Annual report on the working of the mental hospitals in the Madras Presidency - 1912-1932
Year: 1912
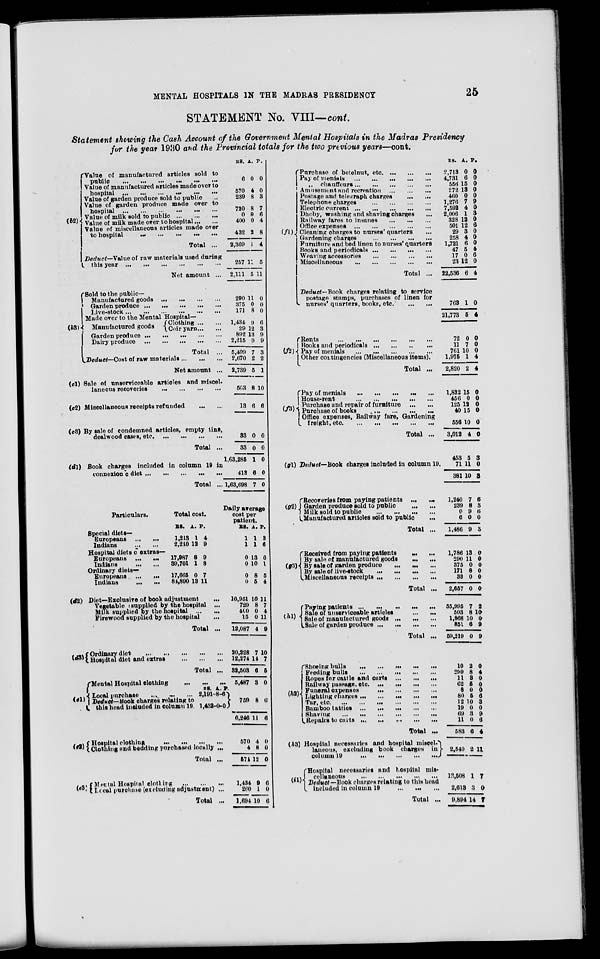
MENTAL HOSPITALS IN THE MADRAS PRESIDENCY
25
STATEMENT No. VIII—cont.
Statement showing the Cash Account of the Government Mental Hospitals in the Madras Presidency
for the year 1930 and the Provincial totals for the two previous years—cont.
(b2)
Value of manufactured articles sold to
public
...
...
...
...
...
...
Value of manufactured articles made over to
hospital
...
...
...
...
...
...
Value of garden produce sold to public ...
Value of garden produce made over to
hospital
...
...
...
...
...
...
Value of milk sold to public
...
...
...
Value of milk made over to hospital ... ...
Value of miscellaneous articles made over
to hospital
...
...
...
...
...
Total ...
Deduct—Value of raw materials used during
this year ... ... ... ... ... ...
Net amount ...
(b3)
Sold to the public—
Manufactured goods
...
...
...
...
Garden produce ... ... ... ... ...
Live-stock
...
...
...
...
...
...
RS.
6
570
239
720
0
400
432
2,369
257
2,111
A.
0
4
8
8
9
0
2
1
11
5
P.
0
0
3
7
6
4
8
4
5
11
290
375
171
11
0
8
0
0
0
Made over to the Mental Hospital—
Manufactured goods
Clothing ... ...
Coir yarn ... ...
Garden produce
...
...
...
...
...
Dairy produce
...
...
...
...
...
Total ...
Deduct—Cost of raw materials ... ... ...
Net amount ...
(c1)
(c2)
(c3)
Sale of unserviceable articles and miscel-
laneous recoveries
...
...
...
...
Miscellaneous receipts refunded ... ...
By sale of condemned articles, empty tins,
dealwood cases, etc. ...
...
...
...
Total ...
(d1) Book charges included in column 19 in
connexion c diet
...
...
...
...
...
Total ...
Particulars.
Special diets—
Europeans ... ...
Indians ... ...
Total cost.
RS.
1,213
2,210
A.
1
12
P.
4
9
Hospital diets o extras—
Europeans ...
...
Indians
...
...
Ordinary diets—
Europeans ...
...
Indians
...
...
(d2)
17,987
39,701
8
1
9
8
1,434
29
892
2,215
5,409
2,670
2,739
503
13
33
33
1,63,285
413
1,63,698
9
12
13
0
7
2
5
8
6
0
0
1
6
7
6
3
9
9
3
2
1
10
6
0
0
0
0
0
Daily average
cost per
patient.
RS.
1
1
A.
1
1
P.
3
6
0
0
13
10
6
1
17,665
81,890
0
13
7
11
Diet—Exclusive of book adjustment ...
Vegetable supplied by the hospital ...
Milk supplied by the hospital
...
...
Firewood supplied by the hospital ...
Total ...
(d3)
Ordinary diet
...
...
...
...
...
Hospital diet and extras
...
...
...
Total ...
(e1)
(e2)
Mental Hospital clothing
...
...
...
Local purchase ... ... ...
Deduct—Book charges relating to
this head included in column 19
RS.
2,191
1,432
A.
8
0
P.
6
0
Hospital clothing
...
...
...
...
Clothing and bedding purchased locally ...
Total ...
(e3) Mental Hospital clotting
...
...
...
Local Purchase (excluding adjustment) ...
Total ...
0
0
10,951
720
400
15
12,087
20,228
12,274
32,503
5,487
8
5
10
8
0
0
4
7
14
6
3
5
4
11
7
4
11
9
10
7
5
0
759
6,246
570
4
571
1,434
260
1,694
8
11
4
8
12
9
1
10
6
6
0
0
0
6
0
6
(f1)
Purchase of betelnut,
etc. ... ... ...
Pay of menials ... ... ... ... ...
„
chauffeurs ... ... ... ... ...
Amusement and recreation
...
...
...
Postage and telegraph charges ... ...
Telephone charges
...
...
...
...
Electric current
...
...
...
...
...
Dhoby, washing and shaving charges ...
Railway fares to insanes
...
...
...
Office expenses
...
...
...
...
...
Cleaning charges to nurses' quarters ...
Gardening charges
...
...
...
...
Furniture and bed linen to nurses' quarters
Books and periodicals ... ... ... ...
Weaving accessories
...
...
...
...
Miscellaneous
...
...
...
...
...
Total ...
Deduct—Book charges relating to service
postage stamps, purchases of linen for
nurses' quarters, books, etc.
...
...
(f2)
Rents
...
...
...
...
...
...
Books and periodicals
...
...
...
...
Pay of menials
...
...
...
...
Other contingencies (Miscellaneous items).
Total ...
(f3)
Pay of menials
...
...
...
...
...
House-rent
...
...
...
...
...
Purchase and repair of furniture ... ...
Purchase of books
...
...
...
...
Office expenses, Railway fare, Gardening
freight,
etc.
...
...
...
...
Total ...
(g1) Deduct—Book charges included in column 19.
(g2).
Recoveries from paying patients ... ...
Garden produce sold to public
...
...
Milk sold to public
...
...
...
...
Manufactured articles sold to public ...
Total ...
(g3)
Received from paying patients ... ...
By sale of manufactured goods
...
...
By sale of garden produce
...
...
...
By sale of live-stock ... ... ... ...
Miscellaneous receipts ... ... ... ...
Total ...
(h1)
Paying patients ... ... ... ... ...
Sale of unserviceable articles
...
...
Sale of manufactured goods ... ... ...
Sale of garden produce ... ... ... ...
Total ...
(h2)
Shoeing bulls
...
...
...
...
...
Feeding bulls
...
...
...
...
...
Ropes for cattle and carts
...
...
...
Railway passage, etc. ... ... ... ... ...
Funeral expenses ... ... ... ...
Lighting charges
...
...
...
...
...
Tar, etc
...
...
...
...
...
...
Bamboo tatties
...
...
...
...
...
Shaving
...
...
...
...
...
...
Repairs to carts ... ... ... ... ...
Total ...
(h3)
(i1)
Hospital necessaries and hospital miscel-
laneous, excluding book charges in
column 19 ... ... ... ... ...
Hospital necessaries and hospital mis-
cellaneous
...
...
...
...
...
Deduct — Book charges relating to this head
included in column 19
...
...
...
Total ...
RS.
2,713
4,731
556
272
460
1,276
7,592
2,006
328
501
29
258
1,721
47
17
23
22,536
763
21,773
72
11
761
1,975
2,820
1,832
456
125
40
556
3,012
453
71
381
1,240
239
0
6
1,486
1,786
290
375
171
33
2,657
55,995
503
1,868
851
59,219
10
299
11
62
8
80
12
19
69
11
583
2,540
13,508
2,613
9,894
A.
0
6
15
13
0
7
4
1
12
12
3
4
6
5
0
12
6
1
5
0
7
10
1
2
15
0
12
15
10
4
5
11
10
7
8
9
0
9
13
11
0
8
0
0
7
8
10
6
0
2
8
3
5
0
5
10
0
3
0
6
2
1
3
14
P.
0
0
0
0
0
9
0
3
0
6
0
0
0
4
6
0
4
0
4
0
0
0
4
4
0
0
0
0
0
0
3
0
3
6
3
6
0
3
0
0
0
0
0
0
2
10
0
9
9
0
4
0
0
0
6
3
0
9
6
4
11
7
0
7